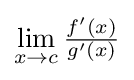
{\textstyle \lim \limits _{x\to c}{\frac {f'(x)}{g'(x)}}}